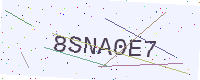
Text: 8SNA0E7